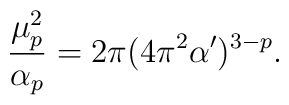
\frac{\mu_p^2}{\alpha_p} = 2\pi (4\pi^2\alpha')^{3-p}.